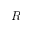
R